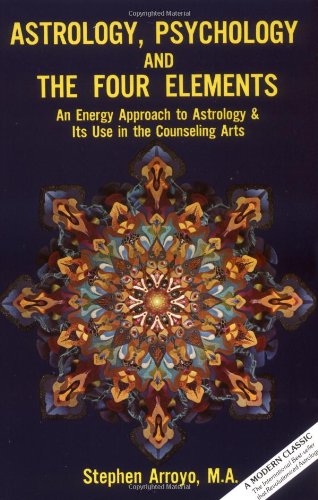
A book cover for Astrology, Psychology, and the Four Elements: An Energy Approach to Astrology and Its Use in the Counseling Arts; Stephan Arroyo; Religion & Spirituality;